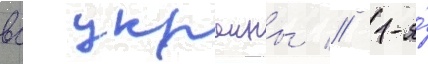
вс украины // 1-я́